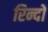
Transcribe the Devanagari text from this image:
रिन्दों